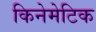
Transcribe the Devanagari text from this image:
किनेमेटिक